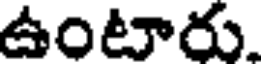
ఉంటారు.